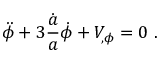
\ddot { \phi } + 3 { \frac { \dot { a } } { a } } \dot { \phi } + V _ { , \phi } = 0 \ .